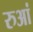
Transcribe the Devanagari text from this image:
रुआं